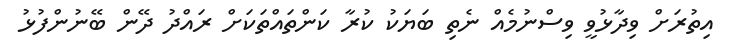
އިތުރަށް ވިދާޅުވީ ވިސްނުމެއް ނެތި ބަޔަކު ކުރާ ކަންތައްތަކަށް ރައްދު ދޭން ބޭނުންފުޅު